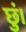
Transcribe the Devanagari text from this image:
छुं।